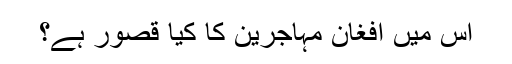
اس میں افغان مہاجرین کا کیا قصور ہے؟